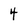
Character: 4